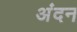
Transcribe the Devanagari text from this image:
अंदन